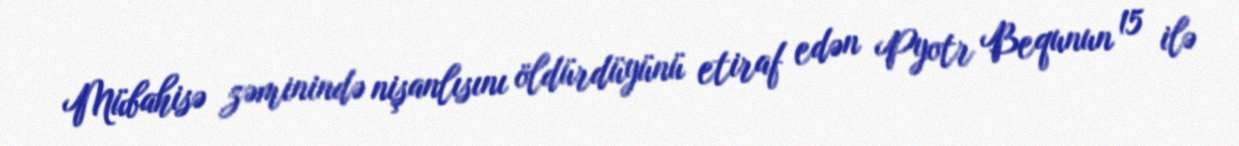
Mübahisə zəminində nişanlısını öldürdüyünü etiraf edən Pyotr Bequnun 15 ilə